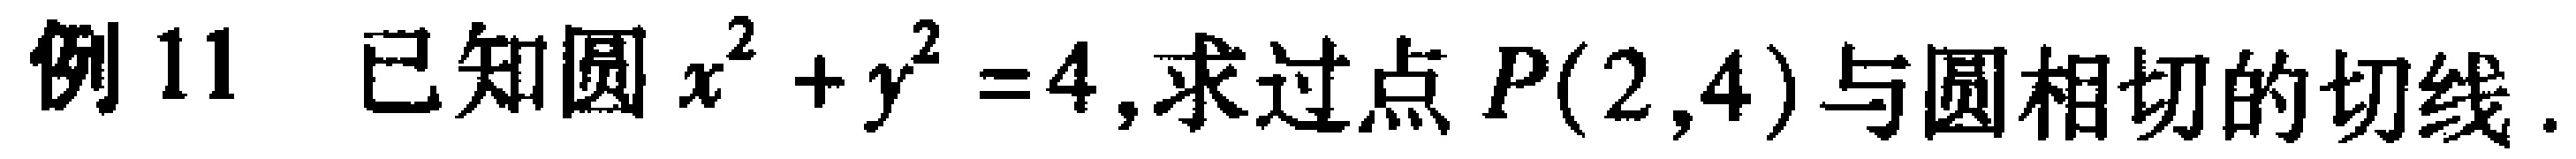
例 11 已知圆 \(x^{2}+y^{2}=4\),求过点 \(P(2,4)\) 与圆相切的切线.